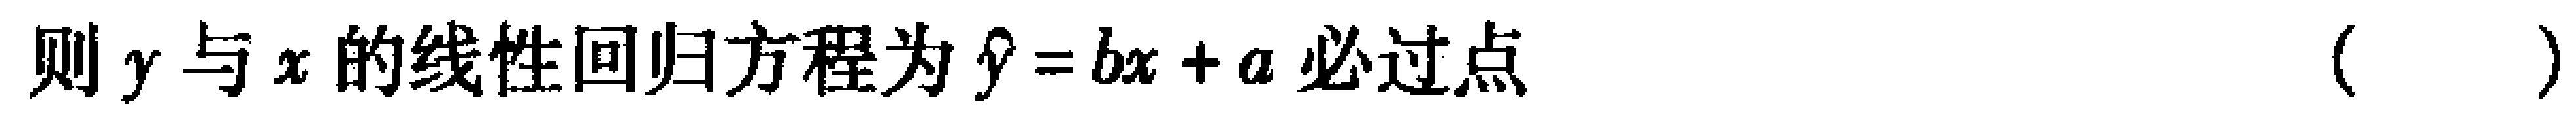
则\(y\)与\(x\)的线性回归方程为\(\hat{y}=bx + a\)必过点（  ）